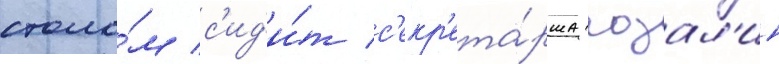
столо́м с'ид'и́т с'екр'ета́рша розал'ин